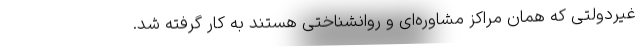
غیردولتی که همان مراکز مشاوره‌ای و روانشناختی هستند به کار گرفته شد.